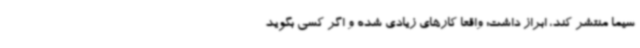
سیما منتشر کند، ابراز داشت: واقعاً کارهای زیادی شده و اگر کسی بگوید